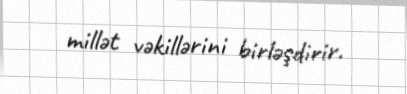
millət vəkillərini birləşdirir.